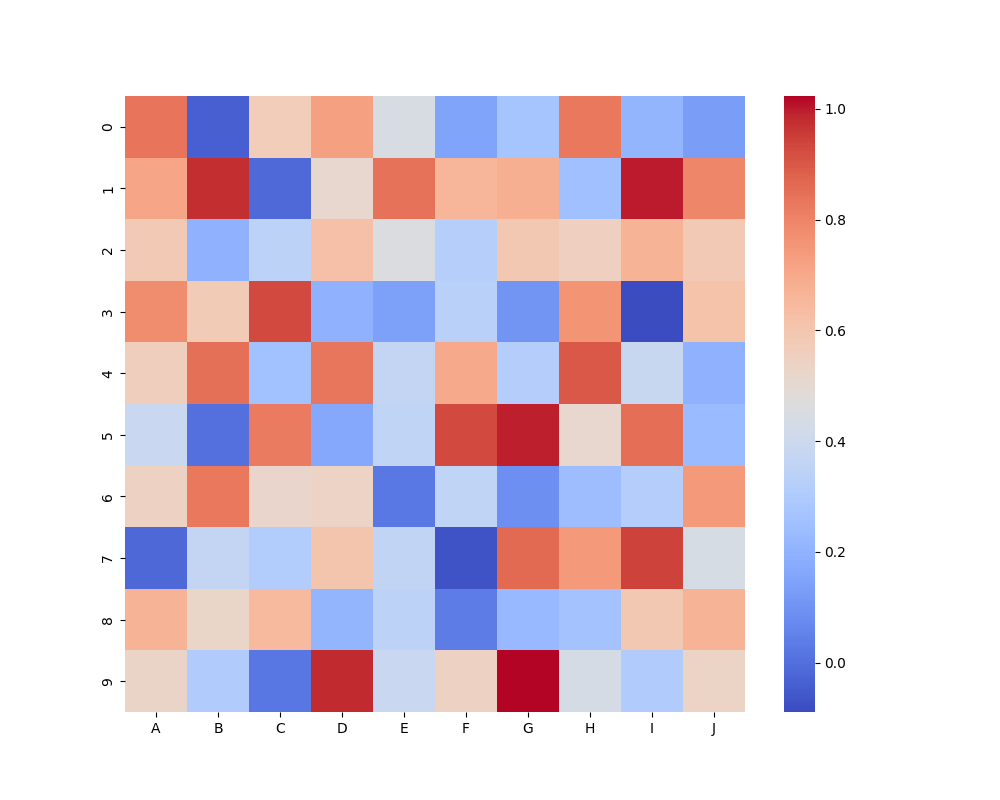
python, seaborn, heatmap, cmap='coolwarm', linewidths=0.0, center=none